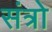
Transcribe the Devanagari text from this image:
संत्रो